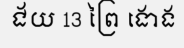
ជ័យ 13 ព្រៃ ងោង